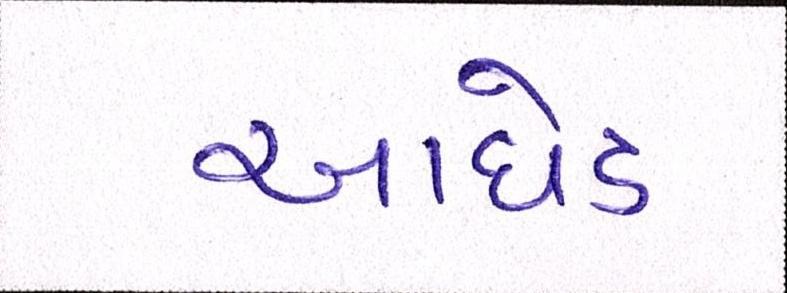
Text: આધેડ